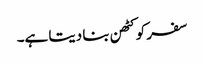
سفر کو کٹھن بنا دیتا ہے۔